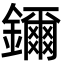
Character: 鑈